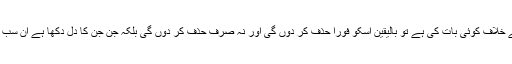
اگر کہیں بھی میں نے پنجاب کے خلاف کوئی بات کی ہے تو بالیقین اسکو فورا حذف کر دوں گی اور نہ صرف حذف کر دوں گی بلکہ جن جن کا دل دکھا ہے اُن سب سب سے معافی بھی مانگوں گی۔